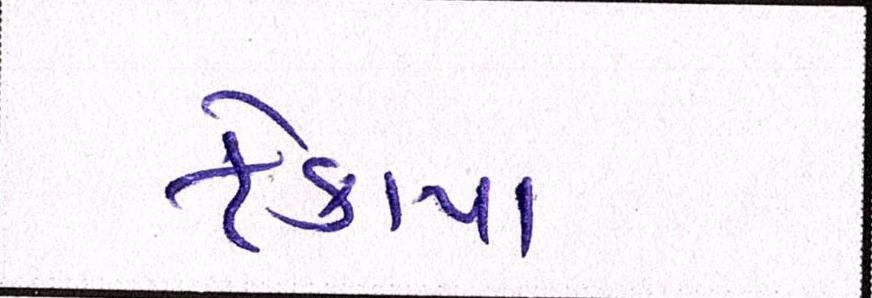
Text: ફેંકાયા